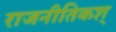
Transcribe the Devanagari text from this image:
राजनीतिकश्